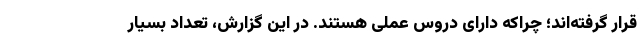
قرار گرفته‌اند؛ چراکه دارای دروس عملی هستند. در این گزارش، تعداد بسیار